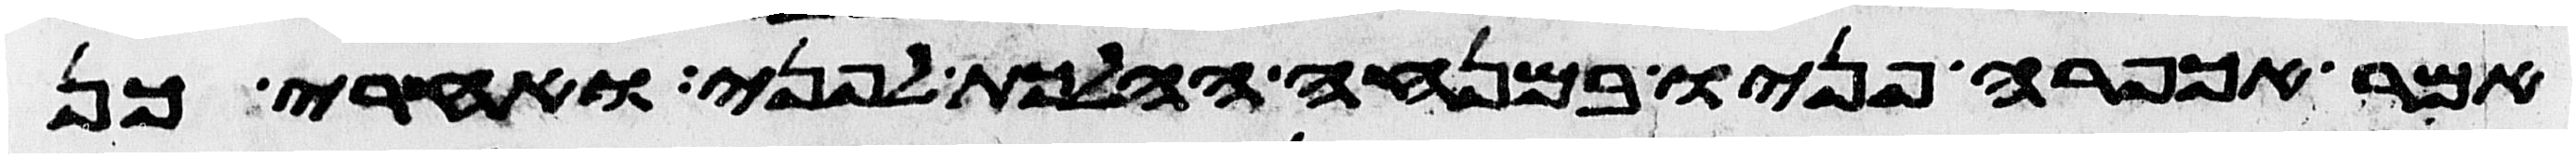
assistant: אמר אכפרה פניו במנחה ההלכת לפני ואחרי כן